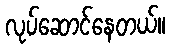
လုပ်ဆောင်နေတယ်။